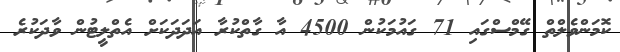
ކޮމަންވެލްތް ގޭމްސްގައި 71 ގައުމަކުން 4500 އާ ގާތްކުރާ އަދަދަކަށް އެތްލީޓުން ވާދަކުރެ